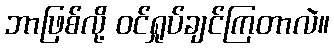
ဘာဖြစ်လို့ ဝင်ရှုပ်ချင်ကြတာလဲ။